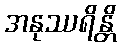
အနုဿရိန္တိ